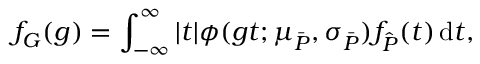
f _ { G } ( g ) = \int _ { - \infty } ^ { \infty } | t | \phi ( g t ; \mu _ { \bar { P } } , \sigma _ { \bar { P } } ) f _ { \hat { P } } ( t ) \, \mathrm d t ,